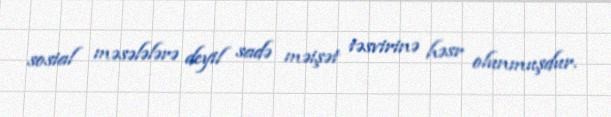
sosial məsələlərə deyil sadə məişət təsvirinə həsr olunmuşdur.